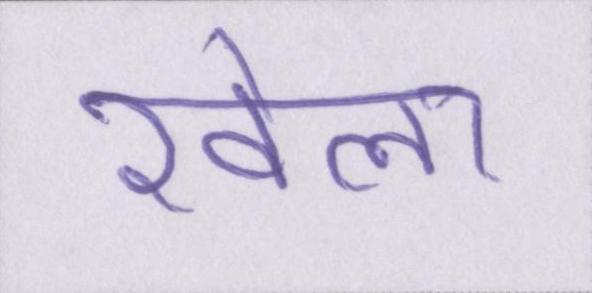
खेला